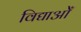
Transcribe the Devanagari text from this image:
विद्याओँ